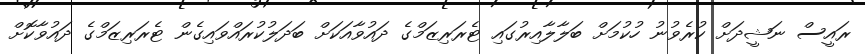
ރައީސް ނަޝީދަށް ކުރެވުނު ހުކުމަށް ބަލާލާއިރުގައި ޓެރަރިޒަމްގެ ދައުވާއަކަށް ބަދަލުކުރައްވައިގެން ޓެރަރިޒަމްގެ ދައުވާކޮށް